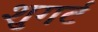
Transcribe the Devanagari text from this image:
शुगर्ट